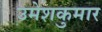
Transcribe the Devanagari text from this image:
उमेशकुमार